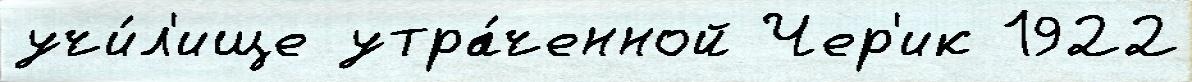
учи́л'ище утра́ченной Чер'ик 1922